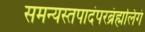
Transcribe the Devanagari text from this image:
समन्यस्तपादंपरब्रंह्मलिंगं